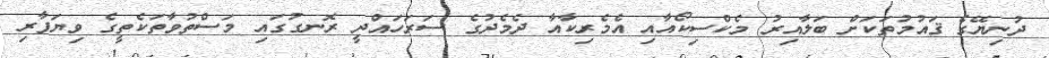
ދުނިޔޭގެ ޤައުމުތަކަށް ބަލާއިރު މެކްސިކޯއާއި އެމެރިކާއާ ދެމެދުގެ ސަރަހައްދީ ރޮނގުގައި މަސްތުވާތަކެތީގެ ވިޔަފާރި